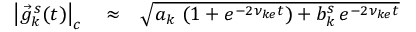
\begin{array} { r l r } { \left| \vec { g } _ { k } ^ { \, s } ( t ) \right| _ { c } } & { { } \approx } & { \sqrt { a _ { k } \, \left( 1 + e ^ { - 2 \nu _ { k e } t } \right) + b _ { k } ^ { s } \, e ^ { - 2 \nu _ { k e } t } } } \end{array}